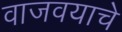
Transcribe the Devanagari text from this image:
वाजवयाचे